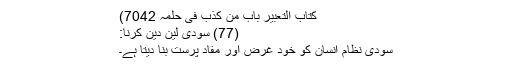
کتاب التعبیر باب من کذب فی حلمہ 7042)
(77) سودی لین دین کرنا:
سودی نظام انسان کو خود غرض اور مفاد پرست بنا دیتا ہے۔